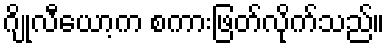
ဂျိုလီယော့က စကားဖြတ်လိုက်သည်။